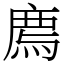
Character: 廌